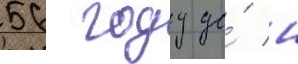
56 году до́ н